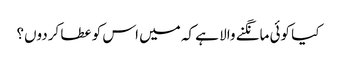
کیا کوئی مانگنے والا ہے کہ میں اس کو عطا کردوں؟